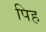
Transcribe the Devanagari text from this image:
पिह